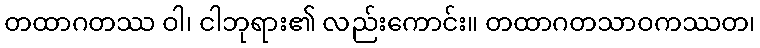
တထာဂတဿ ဝါ၊ ငါဘုရား၏ လည်းကောင်း။ တထာဂတသာဝကဿတ၊